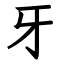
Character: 牙